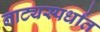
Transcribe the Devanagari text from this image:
नाट्यस्पर्धांत